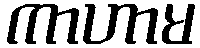
ကာဟာမ